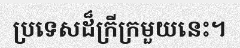
ប្រទេសដ៏ក្រីក្រមួយនេះ។